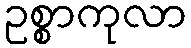
ဥစ္စာကုလာ